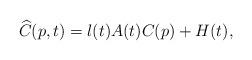
LaTeX: \begin{align*} \widehat{C}(p,t)=l(t)A(t)C(p)+H(t), \end{align*}